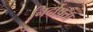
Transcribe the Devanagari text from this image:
निर्दोषता